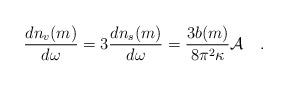
LaTeX: \begin{align*}{dn_v(m) \over d\omega}=3{dn_s(m) \over d\omega}={3b(m) \over 8\pi^2\kappa} {\cal A}~~~.\end{align*}